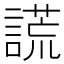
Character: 謊